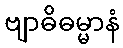
ဗျာဓိဓမ္မာနံ